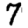
Digit: 7